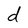
Character: d